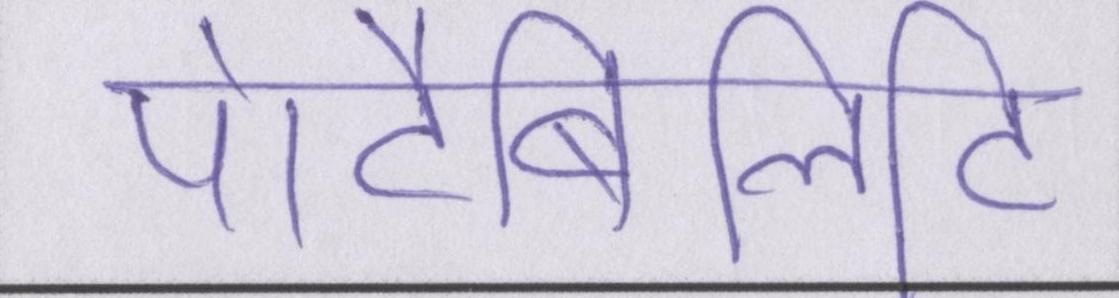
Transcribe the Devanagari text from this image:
पोर्टेबिलिटी